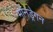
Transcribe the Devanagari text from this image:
मोनड्रेगन